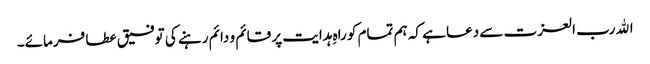
اﷲ رب العزت سے دعا ہے کہ ہم تمام کو راہِ ہدایت پر قائم و دائم رہنے کی توفیق عطا فرمائے۔